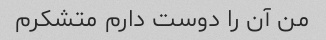
من آن را دوست دارم متشکرم